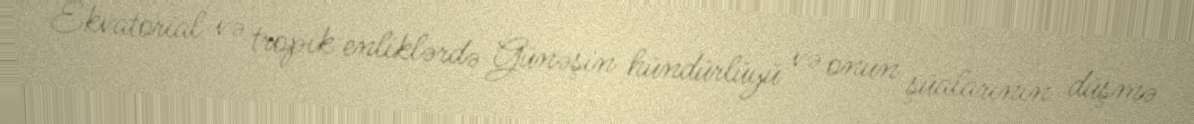
Ekvatorial və tropik enliklərdə Günəşin hündürlüyü və onun şüalarının düşmə